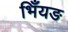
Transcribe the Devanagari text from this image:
भिँयङ